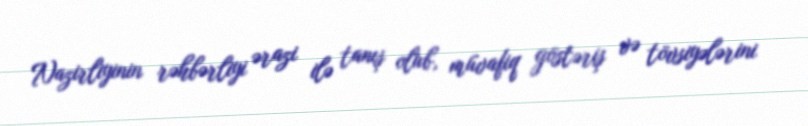
Nazirliyinin rəhbərliyi ərazi ilə tanış olub, müvafiq göstəriş və tövsiyələrini